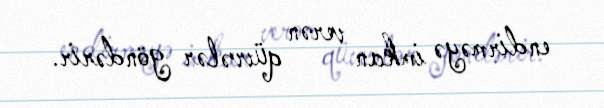
endirməyə imkan verən qüvvələr göndərir.